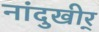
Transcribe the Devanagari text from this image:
नांदुखीर्